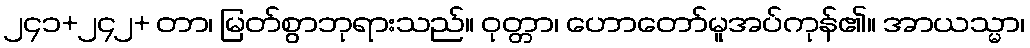
၂၄၁+၂၄၂+ တာ၊ မြတ်စွာဘုရားသည်။ ဝုတ္တာ၊ ဟောတော်မူအပ်ကုန်၏။ အာယသ္မာ၊